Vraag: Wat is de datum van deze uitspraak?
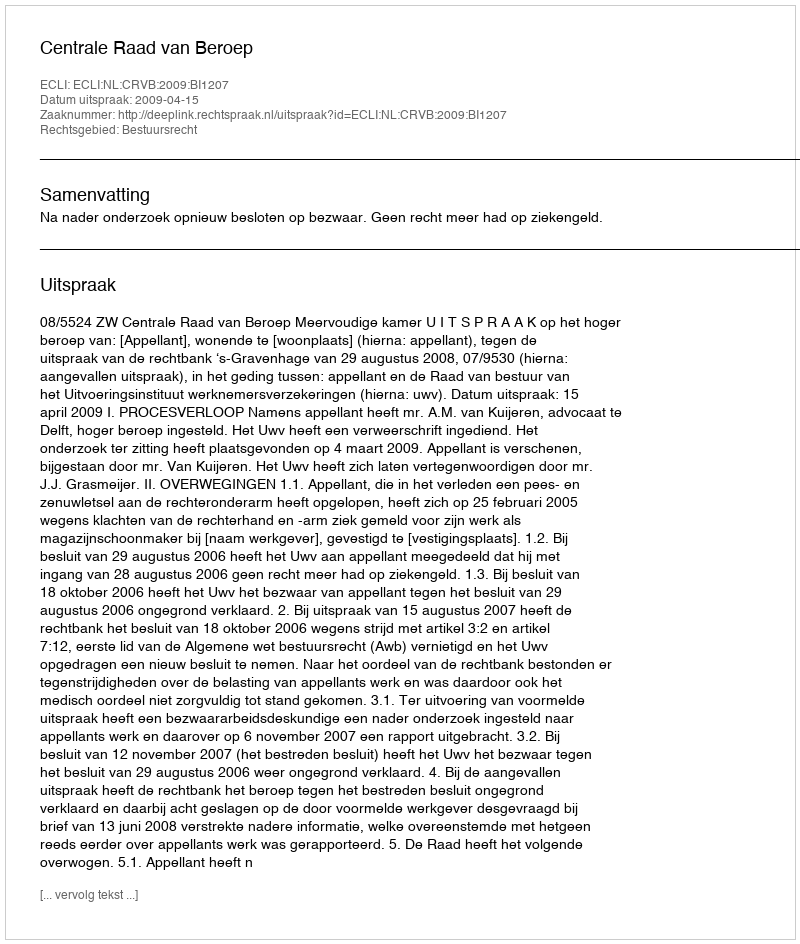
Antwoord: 2009-04-15